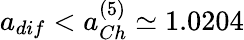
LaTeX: a_{dif}<a_{Ch}^{(5)}\simeq 1.0204